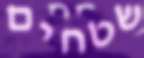
שטחים